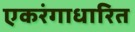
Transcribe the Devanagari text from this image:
एकरंगाधारित